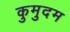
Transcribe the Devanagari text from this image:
कुमुदम